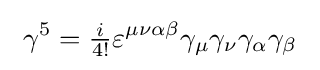
\ \gamma ^{5}={\tfrac {i}{4!}}\varepsilon ^{\mu \nu \alpha \beta }\gamma _{\mu }\gamma _{\nu }\gamma _{\alpha }\gamma _{\beta }\